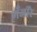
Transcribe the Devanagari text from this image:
मँजीरे